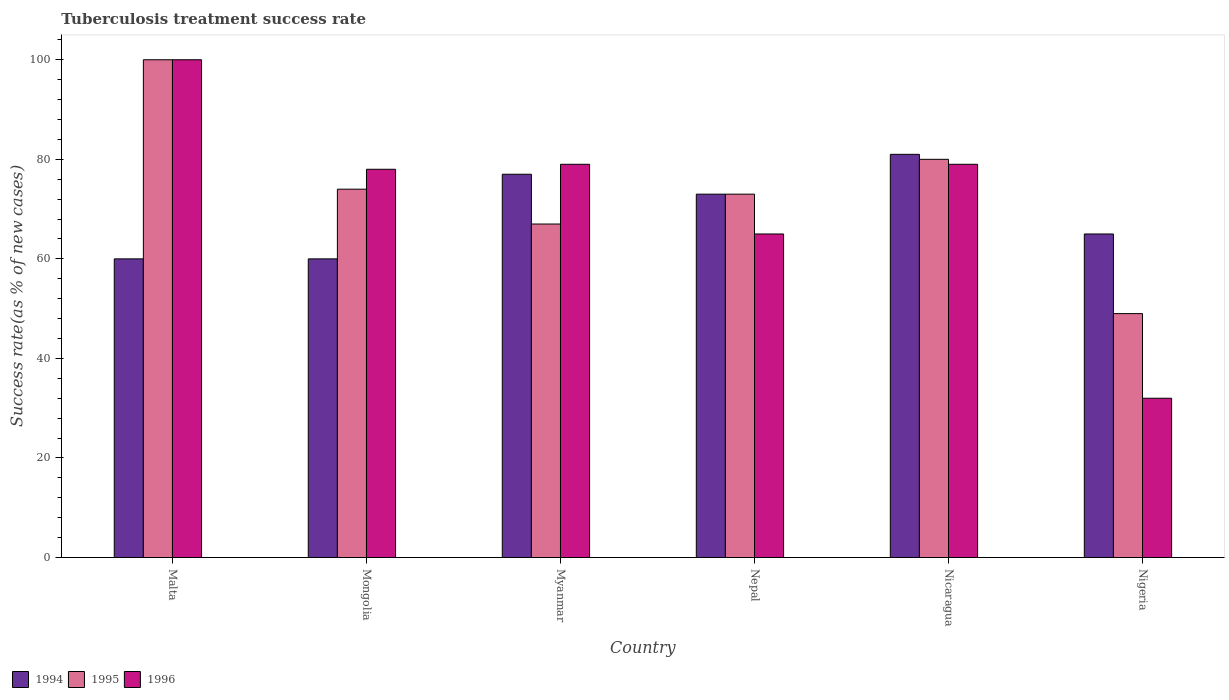
| Country | 1994 | 1995 | 1996 |
 | --- | --- | --- | --- |
 | Malta | 60 | 100 | 100 |
 | Mongolia | 60 | 74 | 78 |
 | Myanmar | 77 | 67 | 79 |
 | Nepal | 73 | 73 | 65 |
 | Nicaragua | 81 | 80 | 79 |
 | Nigeria | 65 | 49 | 32 |